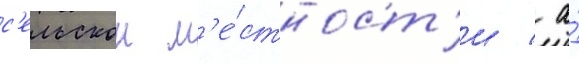
с'ельскои м'е́стност'и / а́